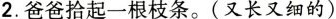
2.爸爸拾起一根枝条。(又长又细的)